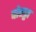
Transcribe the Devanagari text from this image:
चोहट्टा